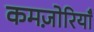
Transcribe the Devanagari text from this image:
कमज़ोरियाँ